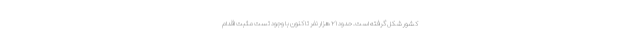
کشور شکل گرفته است. حدود ۲۱ هزار نفر تا کنون با وجود تست مثبت اقدام